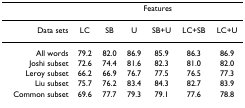
|  | <COLSPAN=6> Features |
 | --- | --- | --- | --- | --- | --- | --- |
 | Data sets | LC | SB | U | SB+U | LC+SB | LC+U |
 | All words | 79.2 | 82.0 | 86.9 | 85.9 | 86.3 | 86.9 |
 | Joshi subset | 72.6 | 74.4 | 81.6 | 82.3 | 81.0 | 82.0 |
 | Leroy subset | 66.2 | 66.9 | 76.7 | 77.5 | 76.5 | 77.3 |
 | Liu subset | 75.7 | 76.2 | 83.4 | 84.3 | 82.7 | 83.9 |
 | Common subset | 69.6 | 77.7 | 79.3 | 79.1 | 77.6 | 78.8 |